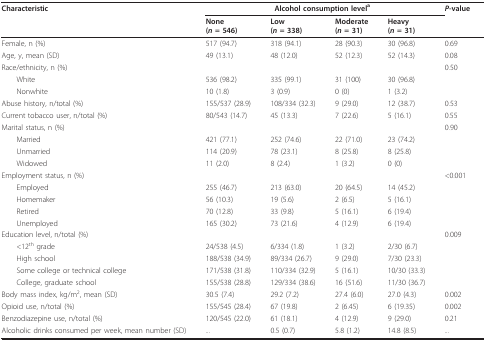
<table><thead><tr><td><b>Characteristic</b></td><td colspan="4"><b>Alcohol consumption level<sup>a</sup></b></td><td><b><i>P</i>-value</b></td></tr><tr><td></td><td><b>None(<i>n </i>= 546)</b></td><td><b>Low(<i>n </i>= 338)</b></td><td><b>Moderate(<i>n </i>= 31)</b></td><td><b>Heavy(<i>n </i>= 31)</b></td><td></td></tr></thead><tbody><tr><td>Female, n (%)</td><td>517 (94.7)</td><td>318 (94.1)</td><td>28 (90.3)</td><td>30 (96.8)</td><td>0.69</td></tr><tr><td>Age, y, mean (SD)</td><td>49 (13.1)</td><td>48 (12.0)</td><td>52 (12.3)</td><td>52 (14.3)</td><td>0.08</td></tr><tr><td>Race/ethnicity, n (%)</td><td></td><td></td><td></td><td></td><td>0.50</td></tr><tr><td> White</td><td>536 (98.2)</td><td>335 (99.1)</td><td>31 (100)</td><td>30 (96.8)</td><td></td></tr><tr><td> Nonwhite</td><td>10 (1.8)</td><td>3 (0.9)</td><td>0 (0)</td><td>1 (3.2)</td><td></td></tr><tr><td>Abuse history, n/total (%)</td><td>155/537 (28.9)</td><td>108/334 (32.3)</td><td>9 (29.0)</td><td>12 (38.7)</td><td>0.53</td></tr><tr><td>Current tobacco user, n/total (%)</td><td>80/543 (14.7)</td><td>45 (13.3)</td><td>7 (22.6)</td><td>5 (16.1)</td><td>0.55</td></tr><tr><td>Marital status, n (%)</td><td></td><td></td><td></td><td></td><td>0.90</td></tr><tr><td> Married</td><td>421 (77.1)</td><td>252 (74.6)</td><td>22 (71.0)</td><td>23 (74.2)</td><td></td></tr><tr><td> Unmarried</td><td>114 (20.9)</td><td>78 (23.1)</td><td>8 (25.8)</td><td>8 (25.8)</td><td></td></tr><tr><td> Widowed</td><td>11 (2.0)</td><td>8 (2.4)</td><td>1 (3.2)</td><td>0 (0)</td><td></td></tr><tr><td>Employment status, n (%)</td><td></td><td></td><td></td><td></td><td>&lt;0.001</td></tr><tr><td> Employed</td><td>255 (46.7)</td><td>213 (63.0)</td><td>20 (64.5)</td><td>14 (45.2)</td><td></td></tr><tr><td> Homemaker</td><td>56 (10.3)</td><td>19 (5.6)</td><td>2 (6.5)</td><td>5 (16.1)</td><td></td></tr><tr><td> Retired</td><td>70 (12.8)</td><td>33 (9.8)</td><td>5 (16.1)</td><td>6 (19.4)</td><td></td></tr><tr><td> Unemployed</td><td>165 (30.2)</td><td>73 (21.6)</td><td>4 (12.9)</td><td>6 (19.4)</td><td></td></tr><tr><td>Education level, n/total (%)</td><td></td><td></td><td></td><td></td><td>0.009</td></tr><tr><td> &lt;12<sup>th </sup>grade</td><td>24/538 (4.5)</td><td>6/334 (1.8)</td><td>1 (3.2)</td><td>2/30 (6.7)</td><td></td></tr><tr><td> High school</td><td>188/538 (34.9)</td><td>89/334 (26.7)</td><td>9 (29.0)</td><td>7/30 (23.3)</td><td></td></tr><tr><td> Some college or technical college</td><td>171/538 (31.8)</td><td>110/334 (32.9)</td><td>5 (16.1)</td><td>10/30 (33.3)</td><td></td></tr><tr><td> College, graduate school</td><td>155/538 (28.8)</td><td>129/334 (38.6)</td><td>16 (51.6)</td><td>11/30 (36.7)</td><td></td></tr><tr><td>Body mass index, kg/m<sup>2</sup>, mean (SD)</td><td>30.5 (7.4)</td><td>29.2 (7.2)</td><td>27.4 (6.0)</td><td>27.0 (4.3)</td><td>0.002</td></tr><tr><td>Opioid use, n/total (%)</td><td>155/545 (28.4)</td><td>67 (19.8)</td><td>2 (6.45)</td><td>6 (19.35)</td><td>0.002</td></tr><tr><td>Benzodiazepine use, n/total (%)</td><td>120/545 (22.0)</td><td>61 (18.1)</td><td>4 (12.9)</td><td>9 (29.0)</td><td>0.21</td></tr><tr><td>Alcoholic drinks consumed per week, mean number (SD)</td><td>...</td><td>0.5 (0.7)</td><td>5.8 (1.2)</td><td>14.8 (8.5)</td><td>...</td></tr></tbody></table>